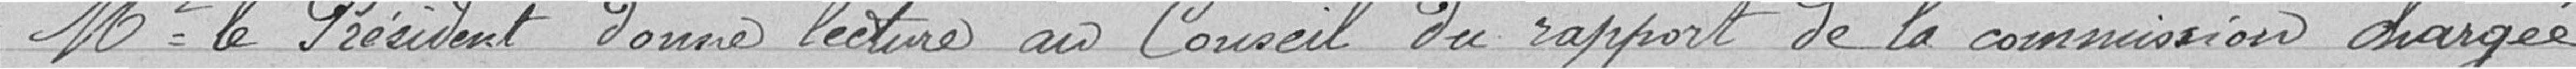
Monsieur le Président donne lecture au Conseil du rapport de la commission chargée